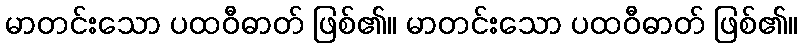
မာတင်းသော ပထဝီဓာတ် ဖြစ်၏။ မာတင်းသော ပထဝီဓာတ် ဖြစ်၏။